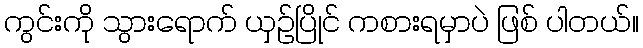
ကွင်းကို သွားရောက် ယှဉ်ပြိုင် ကစားရမှာပဲ ဖြစ် ပါတယ်။